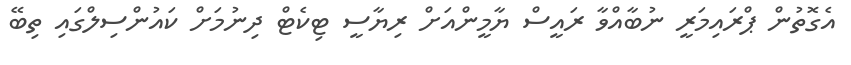
އެގޮތުން ޕްރައިމަރީ ނުބާއްވާ ރައީސް ޔާމީންއަށް ރިޔާސީ ޓިކެޓް ދިނުމަށް ކައުންސިލްގައި ތިބޭ